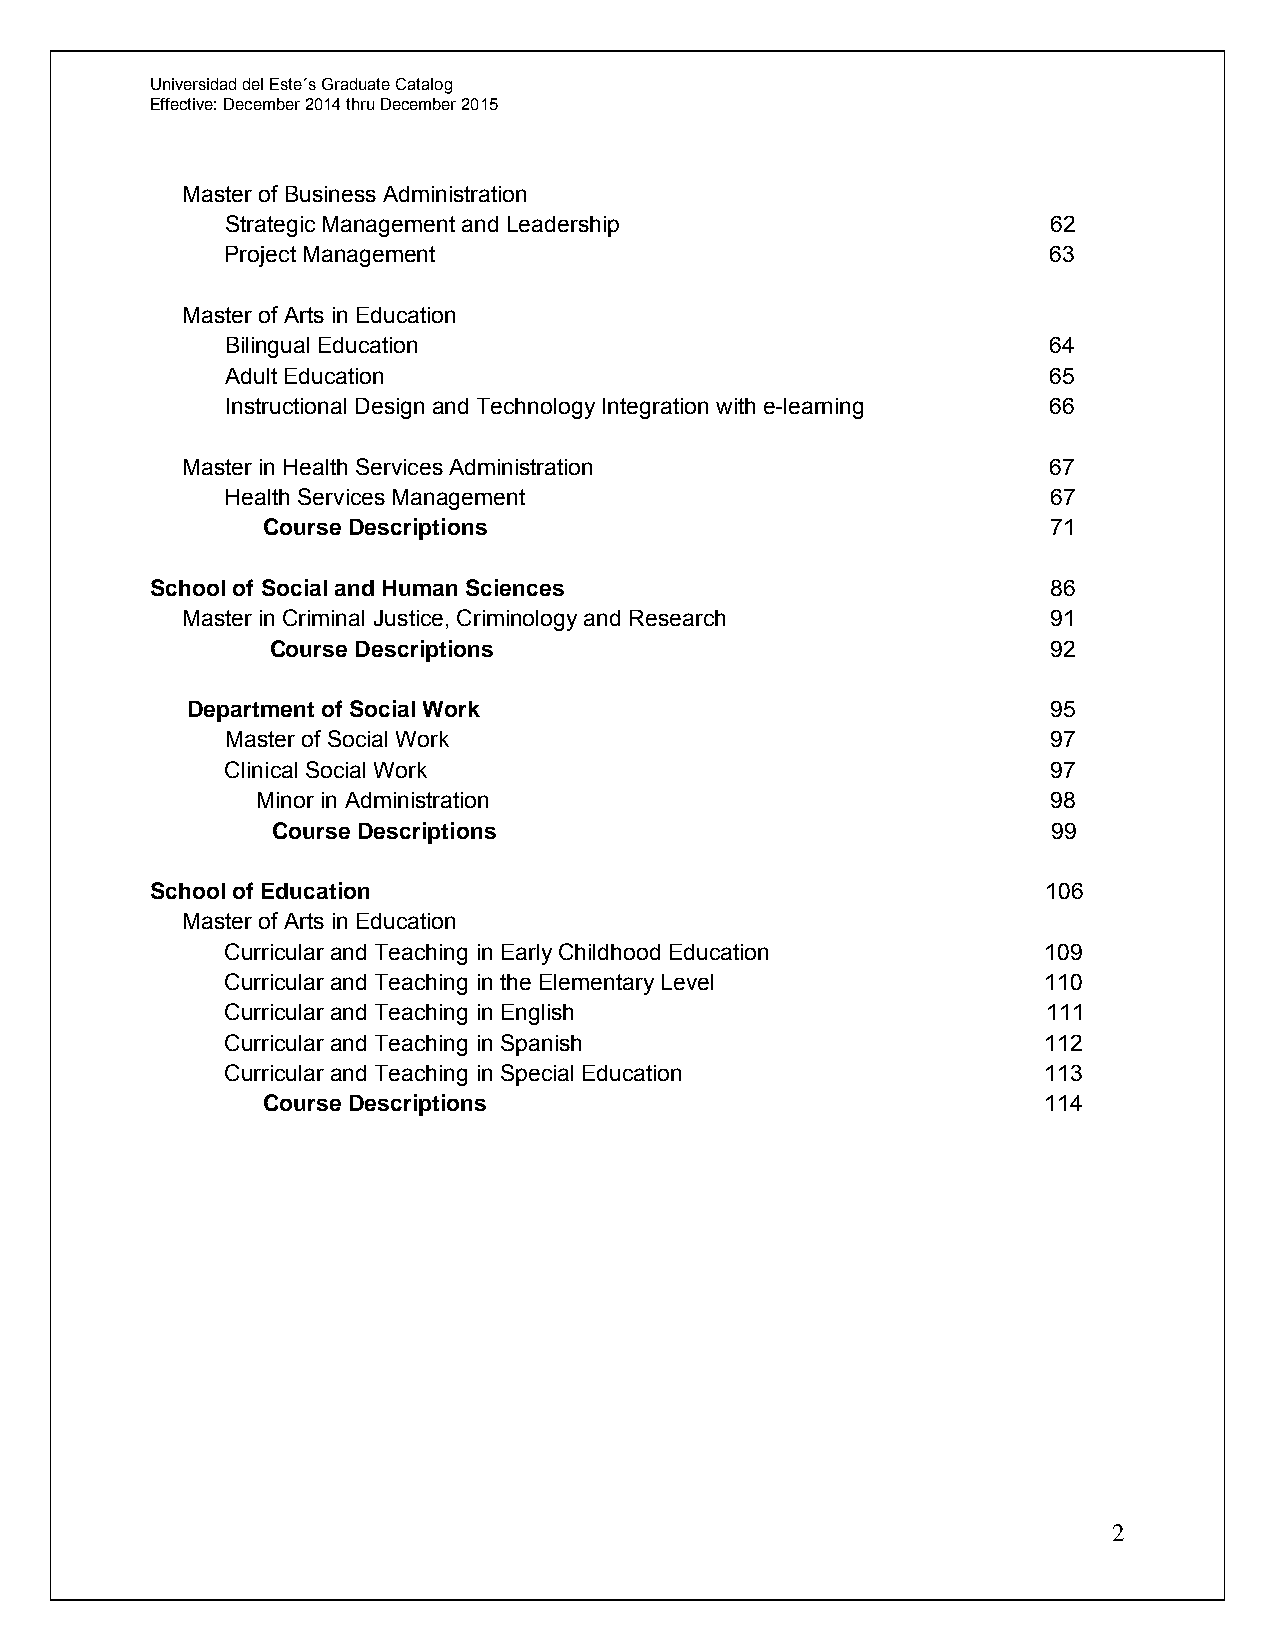
Universidad del Este´s Graduate Catalog
 Effective: December 2014 thru December 2015
 Master of Business Administration
 Strategic Management and Leadership                    62
 Project Management                                     63
 Master of Arts in Education
 Bilingual Education                                    64
 Adult Education                                        65
 Instructional Design and Technology Integration with e-learning 66
 Master in Health Services Administration                  67
 Health Services Management                             67
 Course Descriptions                                  71
 School of Social and Human Sciences                         86
 Master in Criminal Justice, Criminology and Research      91
 Course Descriptions                                 92
 Department of Social Work                                 95
 Master of Social Work                                  97
 Clinical Social Work                                   97
 Minor in Administration                              98
 Course Descriptions                                 99
 School of Education                                        106
 Master of Arts in Education
 Curricular and Teaching in Early Childhood Education  109
 Curricular and Teaching in the Elementary Level       110
 Curricular and Teaching in English                    111
 Curricular and Teaching in Spanish                    112
 Curricular and Teaching in Special Education          113
 Course Descriptions                                 114
 2